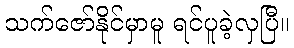
သက်ဇော်နိုင်မှာမူ ရင်ပူခဲ့လှပြီ။